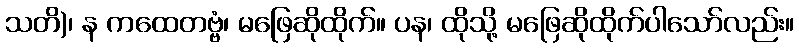
သတိ)၊ န ကထေတဗ္ဗံ၊ မဖြေဆိုထိုက်။ ပန၊ ထိုသို့ မဖြေဆိုထိုက်ပါသော်လည်း။